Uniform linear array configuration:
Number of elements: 32
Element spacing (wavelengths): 1
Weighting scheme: hann
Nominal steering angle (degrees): -60
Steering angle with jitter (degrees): -58.226
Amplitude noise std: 0.05
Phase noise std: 0.05

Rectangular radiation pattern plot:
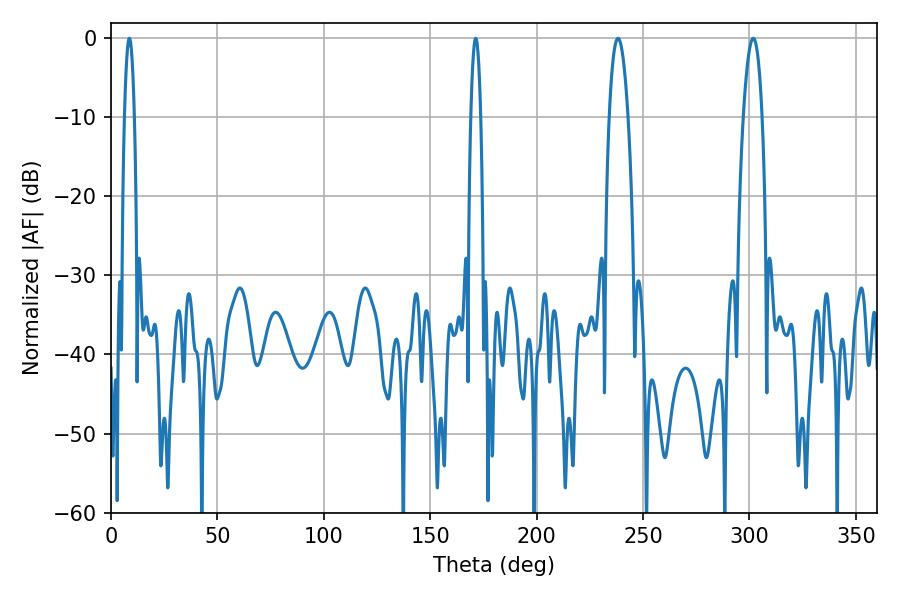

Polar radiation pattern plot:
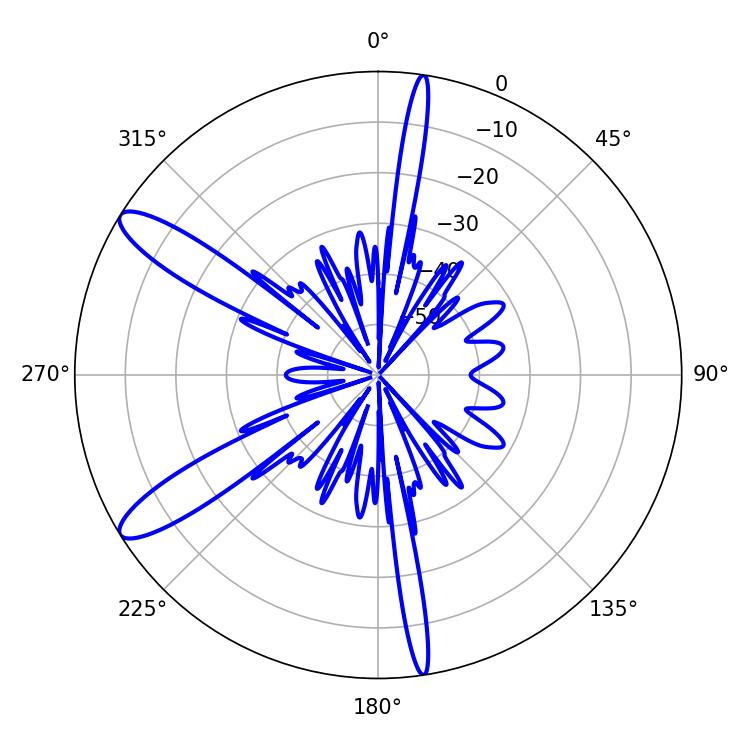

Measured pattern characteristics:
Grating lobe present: TRUE
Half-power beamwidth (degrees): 2.52
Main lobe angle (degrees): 8.64